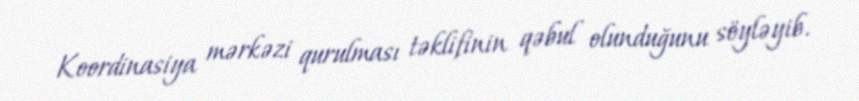
Koordinasiya mərkəzi qurulması təklifinin qəbul olunduğunu söyləyib.